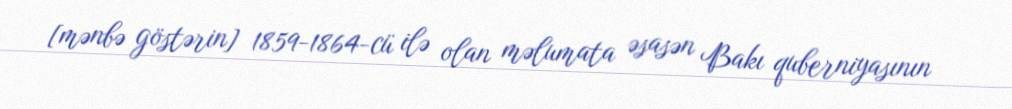
[mənbə göstərin] 1859-1864-cü ilə olan məlumata əsasən Bakı quberniyasının